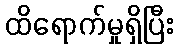
ထိရောက်မှုရှိပြီး